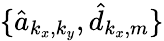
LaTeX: \{ \hat{a}_{k_{x},k_{y}},\hat{d}_{k_{x},m}\}